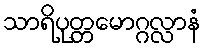
သာရိပုတ္တမောဂ္ဂလ္လာနံ